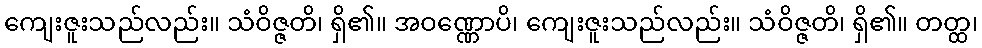
ကျေးဇူးသည်လည်း။ သံဝိဇ္ဇတိ၊ ရှိ၏။ အဝဏ္ဏောပိ၊ ကျေးဇူးသည်လည်း။ သံဝိဇ္ဇတိ၊ ရှိ၏။ တတ္ထ၊